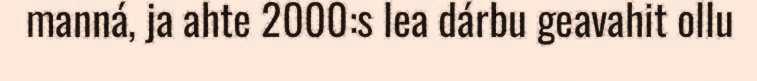
manná, ja ahte 2000:s lea dárbu geavahit ollu